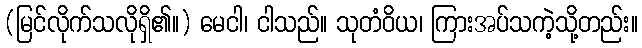
(မြင်လိုက်သလိုရှိ၏။) မေငါ၊ ငါသည်။ သုတံဝိယ၊ ကြားအပ်သကဲ့သို့တည်း။